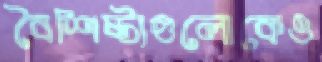
বৈশিষ্ট্যগুলোকেও